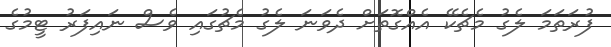
ފުރަތަމަ ލެގު މެޗެކޭ އެއްގޮތަށް ދެވަނަ ލެގު މެޗުގައި ވެސް ނައިފަރު ޓީމުގެ